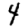
Digit: 4